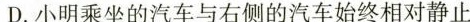
D.小明乘坐的汽车与右侧的汽车始终相对静止